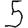
Digit: 5